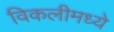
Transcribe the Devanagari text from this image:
विकलीमध्ये